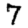
Digit: 7